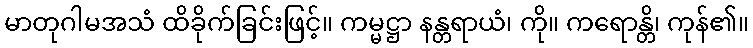
မာတုဂါမအသံ ထိခိုက်ခြင်းဖြင့်။ ကမ္မဋ္ဌာ နန္တရာယံ၊ ကို။ ကရောန္တိ၊ ကုန်၏။